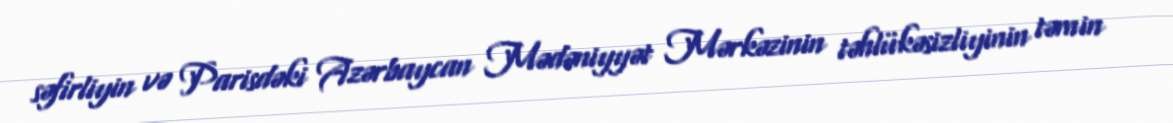
səfirliyin və Parisdəki Azərbaycan Mədəniyyət Mərkəzinin təhlükəsizliyinin təmin